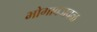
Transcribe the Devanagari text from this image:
भोगावजवळ